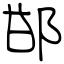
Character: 邯